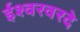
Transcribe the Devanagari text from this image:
ईश्वरवरदे